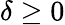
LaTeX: \delta\ge 0